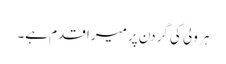
ہر ولی کی گردن پر میرا قدم ہے۔